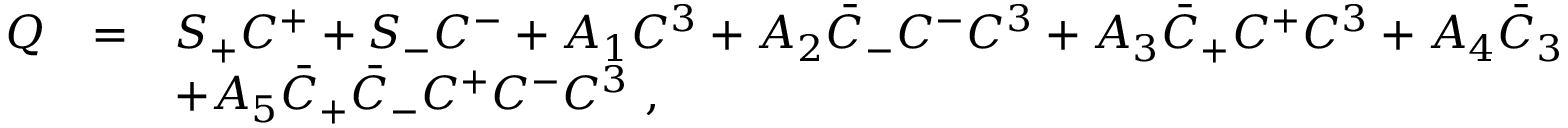
\begin{array} { r c l } { { Q } } & { { = } } & { { S _ { + } C ^ { + } + S _ { - } C ^ { - } + A _ { 1 } C ^ { 3 } + A _ { 2 } \bar { C } _ { - } C ^ { - } C ^ { 3 } + A _ { 3 } \bar { C } _ { + } C ^ { + } C ^ { 3 } + A _ { 4 } \bar { C } _ { 3 } C ^ { + } C ^ { - } } } \\ { { } } & { { } } & { { + A _ { 5 } \bar { C } _ { + } \bar { C } _ { - } C ^ { + } C ^ { - } C ^ { 3 } ~ , } } \end{array}